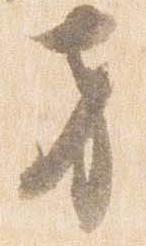
方